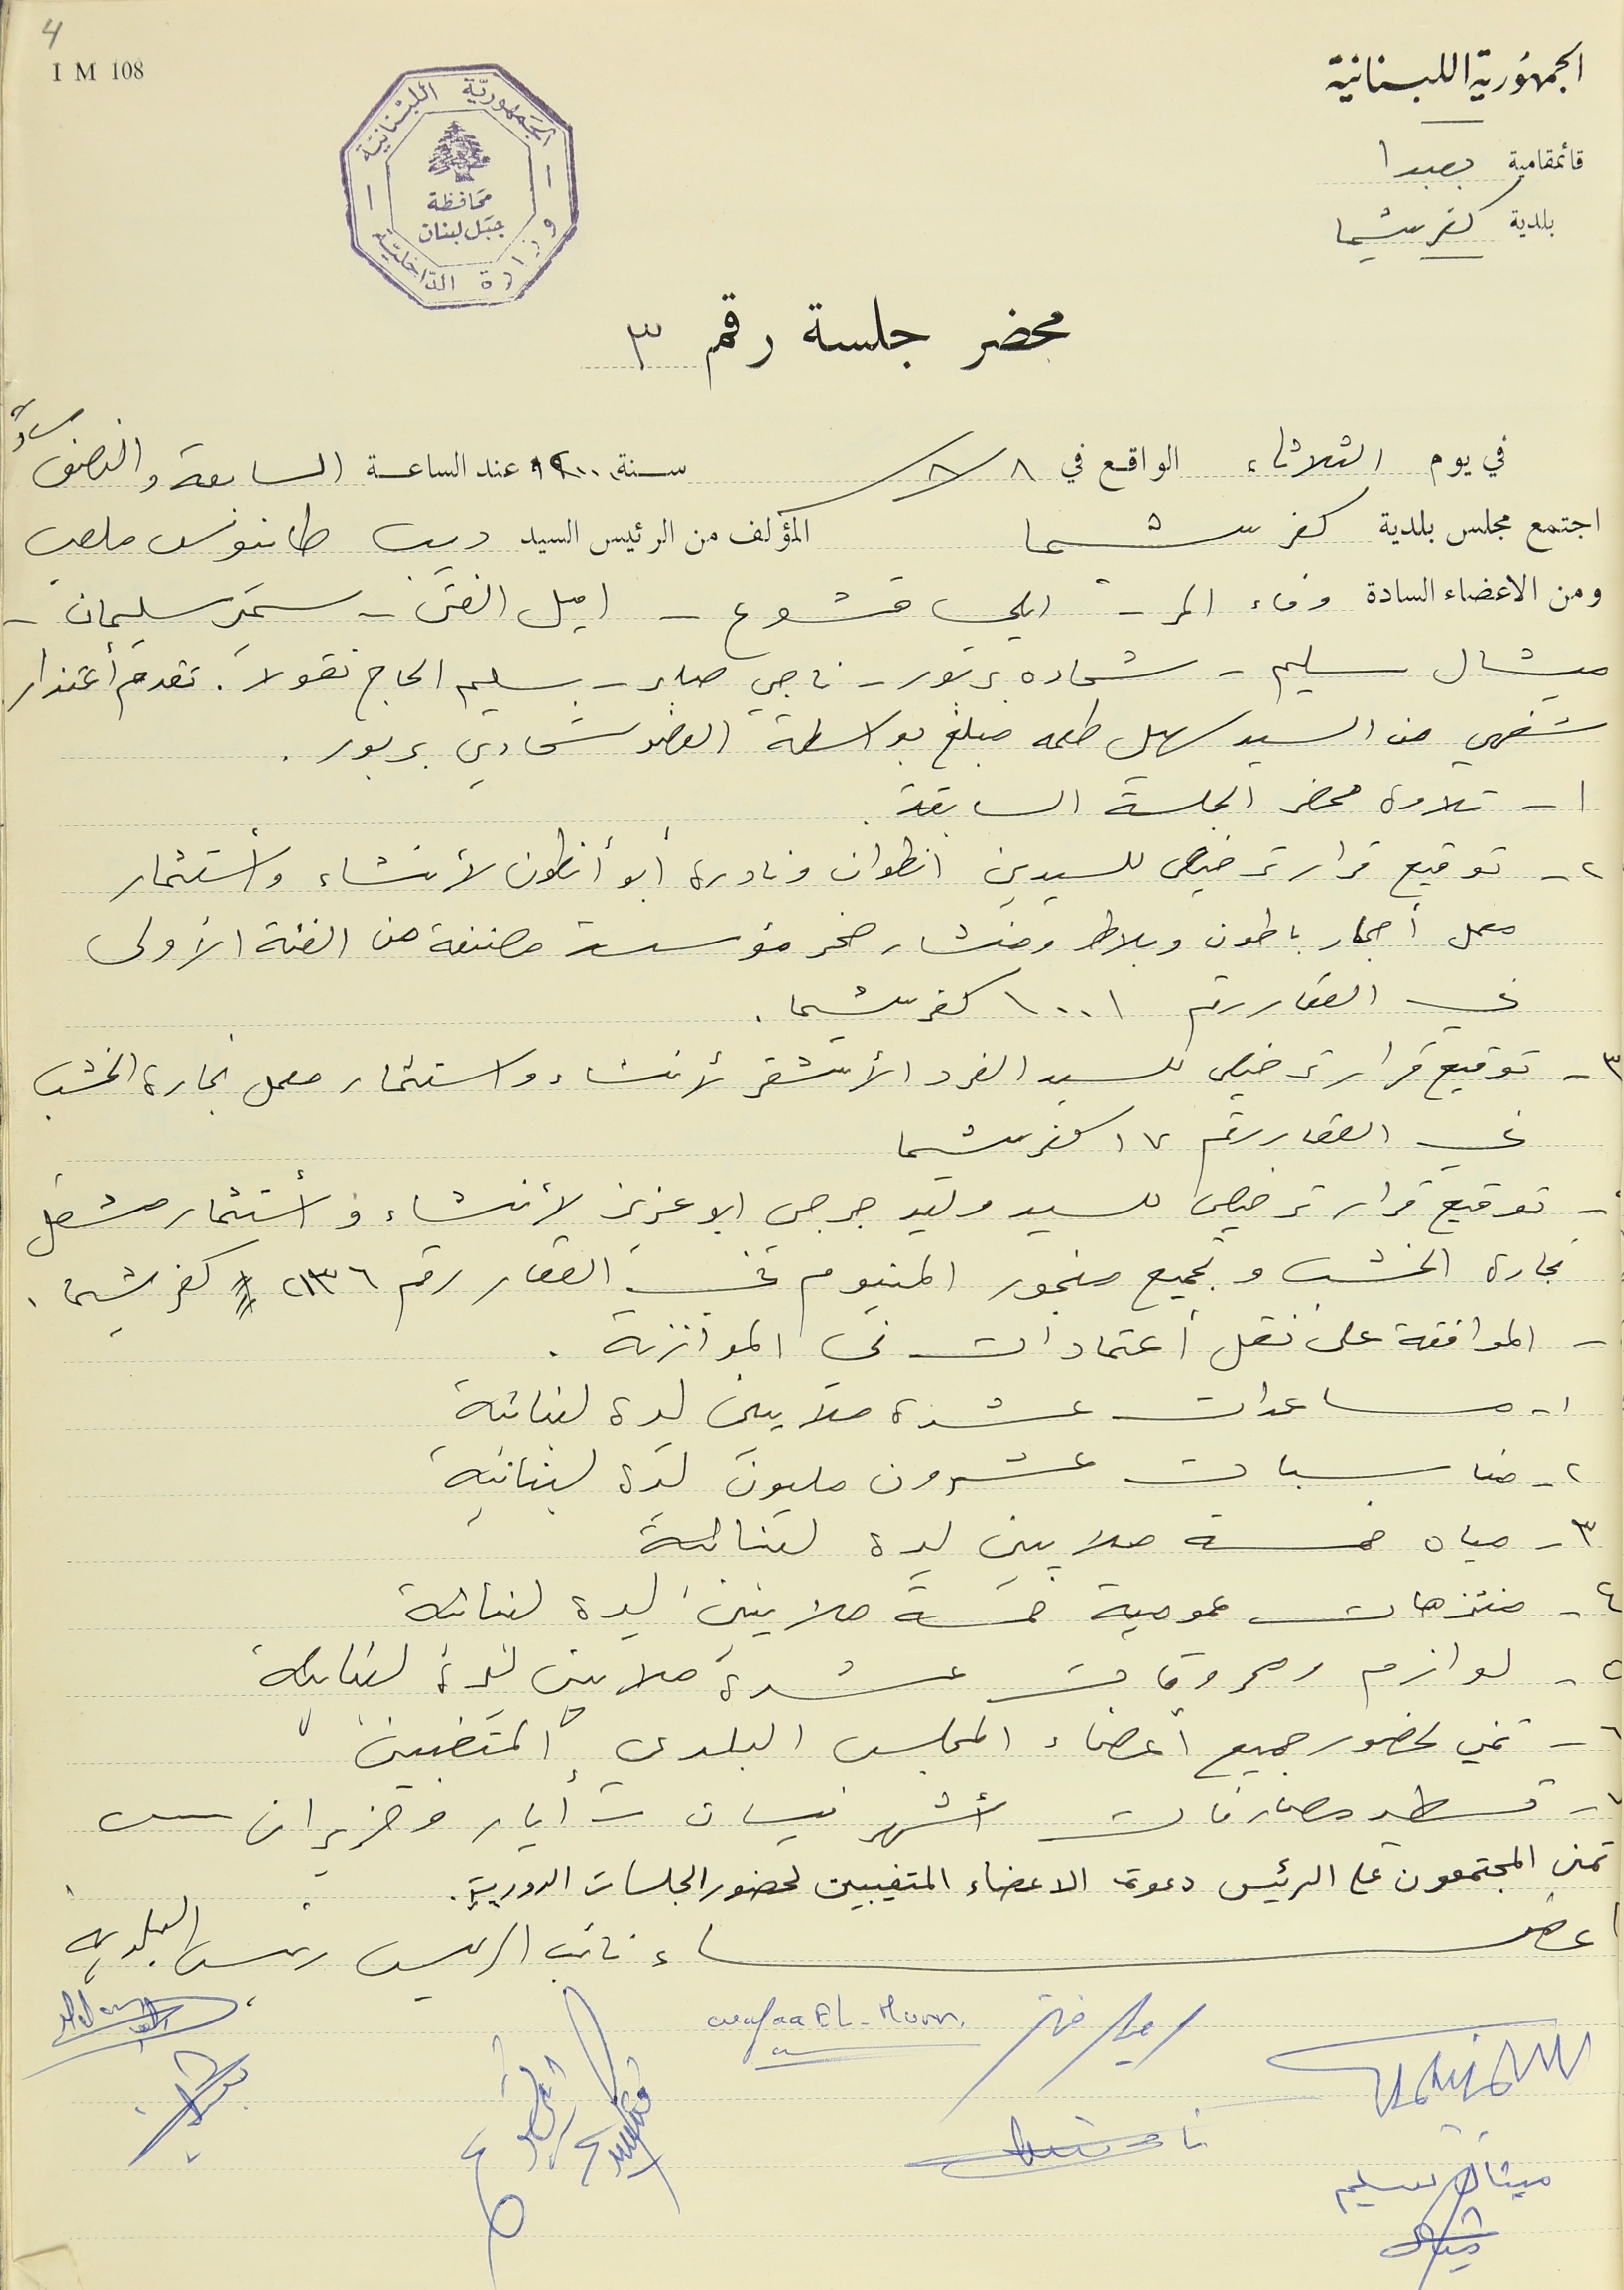
الجمهورية اللبنانية
محضر جلسة رقم ٣
في يوم الثلاثاء الواقع في ٨/ ٨ سنة ٢٠٠٠ عند الساعة السابعة والنصف مساءً
اجتمع مجلس بلدية كفرشيما المؤلف من الرئيس السيد ديب طانيوس ملعب
ومن الاعضاء السادة وفاء المر- ايلي قشوع - اميل الفتى . سمير سليمان.
ميشال سليم – شحاده بربور - ناجي صابر - سليم الحاج نقولا. تقدم أعتذار
شفهي من السيد سهيل طعمه مبلغ بواسطة العضو شحادي بربور.
١- تلاوة محضر الجلسة السابقة.
٢- توقيع قرار ترخيص للسيدين انطوان ونادرة ابو أنطون لأنشاء وأستثمار
معمل أحجار باطون وبلاط ومنشار صخر مؤسسة مصنفة من الفئة الأولى
في العقار رقم ١٠٠١ كفرشيما.
٣ - توقيع قرار ترخيص للسيد الفرد الأشقر لأنشاء واستثمار معمل نجارة الخشب
في العقار رقم ١٧ كفرشيما
- توقيع قرار ترخيص للسيد وليد جرجس ابو عزيز لأنشاء وأستثمار مشغل
نجارة الخشب وتجميع منجور المنيوم في العقار رقم ٢١٣٦  كفرشيما
- الموافقة على نقل أعتمادات في الموازنة.
١- مساعدات عشرة ملايين ليرة لبنانية
٢- مناسبات عشرون مليون ليرة لبنانية
٣ - مياه خمسة ملايين ليرة لبنانية
٤- منتزهات عمومية خمسة ملايين ليرة لبنانية
٥- لوازم ومحروقات عشرة ملايين ليرة لبنانية
٦- تمني لحضور جميع اعضاء المجلس البلدي المتغبين
٧- تسطير مصارفات أشهر نيسان- أيار وحزيران -٢٠٠٠
تمنى المجتمعون على الرئيس دعوة الاعضاء المتغيبين لحضور الجلسات الدورية.
اعضاء  نائب الرئيس رئيس البلدية
ميشال سليم
ايلي قشوع
قائمقامية بعبدا
بلدية كفرشيما
4I M 108